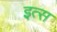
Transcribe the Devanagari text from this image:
इत्स